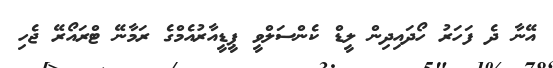
އޭނާ ދެ ފަހަރު ހޯދައިދިން ލީޑް ކެންސަލްވީ ޕީޑީއާރުއެމްގެ ރަމާނޭ ޓްރައޯރޭ ޖެހި